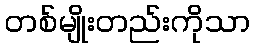
တစ်မျိုးတည်းကိုသာ